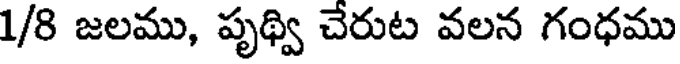
1/8 జలము, పృథ్వి చేరుట వలన గంధము